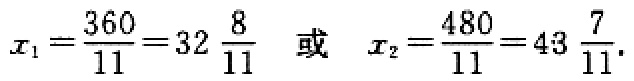
\(x_{1}=\frac{360}{11}=32\frac{8}{11}\quad 或\quad x_{2}=\frac{480}{11}=43\frac{7}{11}\)